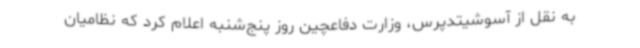
به نقل از آسوشیتدپرس، وزارت دفاعچین روز پنج‌شنبه اعلام کرد که نظامیان